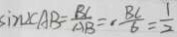
\sin \angle C A B = \frac { B C } { A B } = \cdot \frac { B C } { 6 } = \frac { 1 } { 2 }